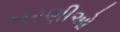
બરણીઓ